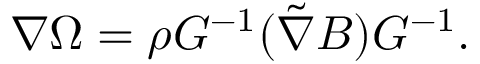
\nabla \Omega = \rho G ^ { - 1 } ( \tilde { \nabla } B ) G ^ { - 1 } .